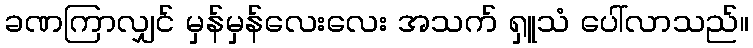
ခဏကြာလျှင် မှန်မှန်လေးလေး အသက် ရှူသံ ပေါ်လာသည်။